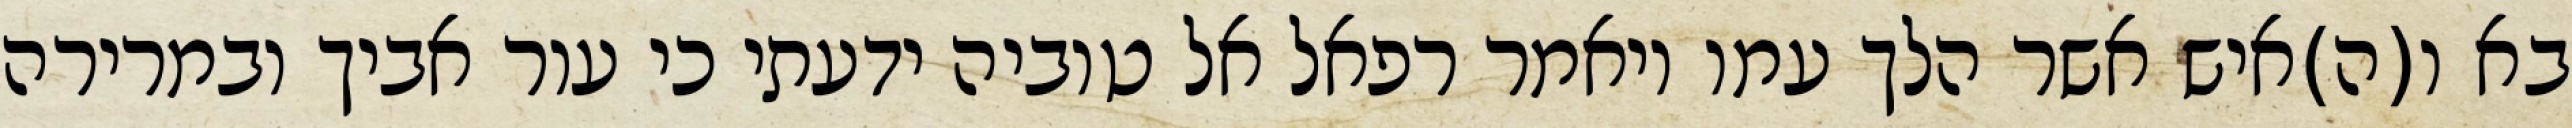
בא ו(ה)איש אשר הלך עמו ויאמר רפאל אל טוביה ידעתי כי עור אביך ובמרירה